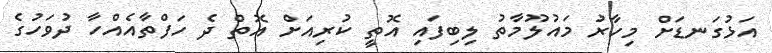
އަޅުގަނޑަށް މިހާރު މައުލޫމާތު ލިބިފައި އޮތީ ކުރިއަށް އޮތް ދެ ހަފްތާއެއްހާ ދުވަހުގެ